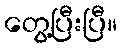
တွေ့ပြီးပြီ။